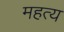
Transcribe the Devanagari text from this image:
महत्य